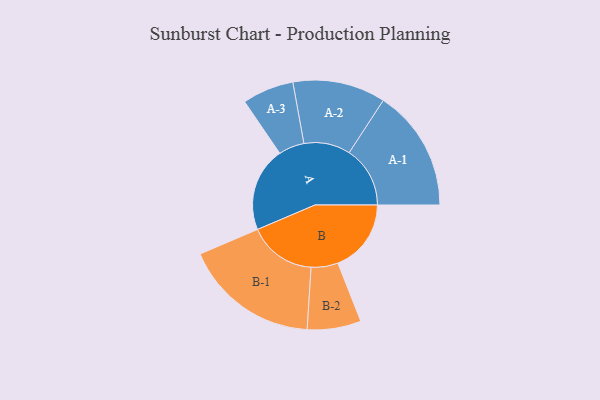
{"axis": {"x": "Segment", "y": "Value"}, "legend": ["", "A", "B"], "data": [{"x": "A", "y": 367, "type": ""}, {"x": "B", "y": 319, "type": ""}, {"x": "A-1", "y": 265, "type": "A"}, {"x": "A-2", "y": 202, "type": "A"}, {"x": "A-3", "y": 112, "type": "A"}, {"x": "B-1", "y": 295, "type": "B"}, {"x": "B-2", "y": 117, "type": "B"}]}